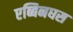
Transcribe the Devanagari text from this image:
एब्बिनघस